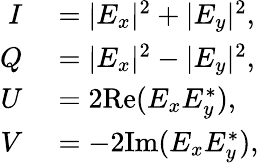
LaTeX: \begin{array}{rl}{I}&{{}=|E_{x}|^{2}+|E_{y}|^{2},}\\ {Q}&{{}=|E_{x}|^{2}-|E_{y}|^{2},}\\ {U}&{{}=2\mathrm{Re}(E_{x}E_{y}^{*}),}\\ {V}&{{}=-2\mathrm{Im}(E_{x}E_{y}^{*}),}\end{array}